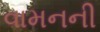
વામનની